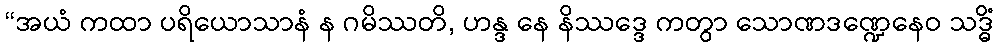
“အယံ ကထာ ပရိယောသာနံ န ဂမိဿတိ, ဟန္ဒ နေ နိဿဒ္ဒေ ကတွာ သောဏဒဏ္ဍေနေဝ သဒ္ဓိံ